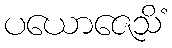
ပယောဇေသိံ